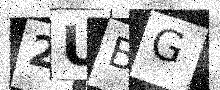
Text: 2UBG